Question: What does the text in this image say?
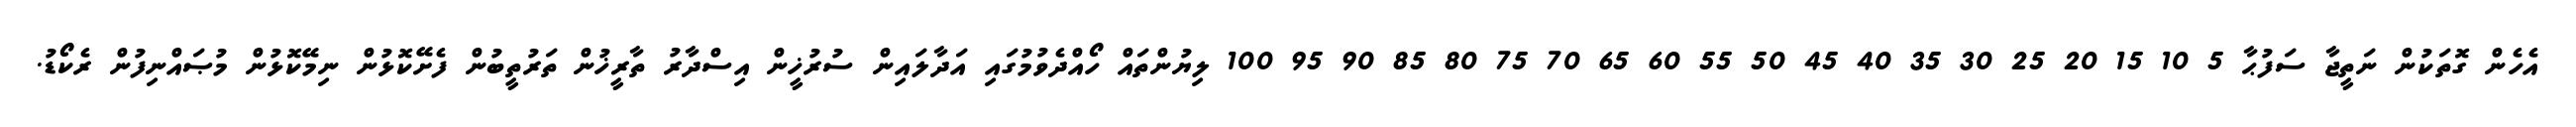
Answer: އެހެން ގޮތަކުން ނަތީޖާ ސަފުޙާ 5 10 15 20 25 30 35 40 45 50 55 60 65 70 75 80 85 90 95 100 ލިޔުންތައް ހޯއްދެވުމުގައި އަދާލައިން ސުރުޚީން އިސްދާރު ތާރީޚުން ތަރުތީބުން ފެށޭކޮޅުން ނިމޭކޮޅުން މުޞައްނިފުން ރެކޯޑު.